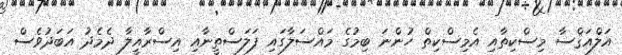
އަލްއަޤްސާ މިސްކިތާއި އެމިސްކިތް ހުންނަ ބިމުގެ މައްސަލާގައި ފަލަސްތީނާއި އިސްރާއީލާ ދެމެދު އަބަދުވެސް